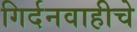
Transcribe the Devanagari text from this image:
गिर्दनवाहीचे